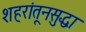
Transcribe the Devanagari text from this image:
शहरांतूनसुद्धा